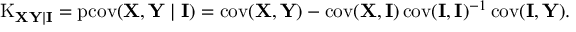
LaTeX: \operatorname { K } _ { \mathbf { X Y \mid I } } = \operatorname { p c o v } ( \mathbf { X } , \mathbf { Y } \mid \mathbf { I } ) = \operatorname { c o v } ( \mathbf { X } , \mathbf { Y } ) - \operatorname { c o v } ( \mathbf { X } , \mathbf { I } ) \operatorname { c o v } ( \mathbf { I } , \mathbf { I } ) ^ { - 1 } \operatorname { c o v } ( \mathbf { I } , \mathbf { Y } ) .